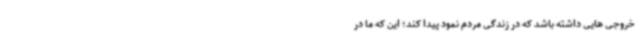
خروجی هایی داشته باشد که در زندگی مردم نمود پیدا کند؛ این که ما در